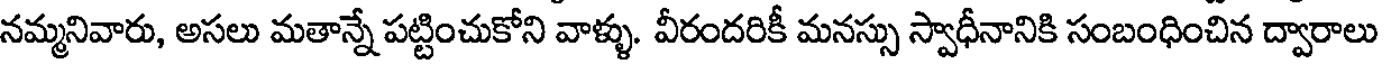
నమ్మనివారు, అసలు మతాన్నే పట్టించుకోని వాళ్ళు. వీరందరికీ మనస్సు స్వాధీనానికి సంబంధించిన ద్వారాలు